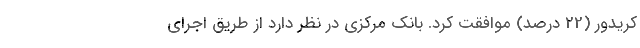
کریدور (22 درصد) موافقت کرد. بانک مرکزی در نظر دارد از طریق اجرای